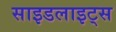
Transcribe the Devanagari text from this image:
साइडलाइट्स